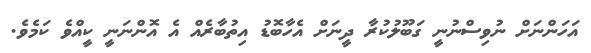
އަހަންނަށް ނުވިސްނުނީ ގަބޫލުކުރާ ދީނަށް އެހާބޮޑު އިތުބާރެއް އެ އޮންނަނީ ކީއްވެ ކަމެވެ.